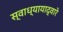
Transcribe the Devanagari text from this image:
स्वाध्यायाद्वारे